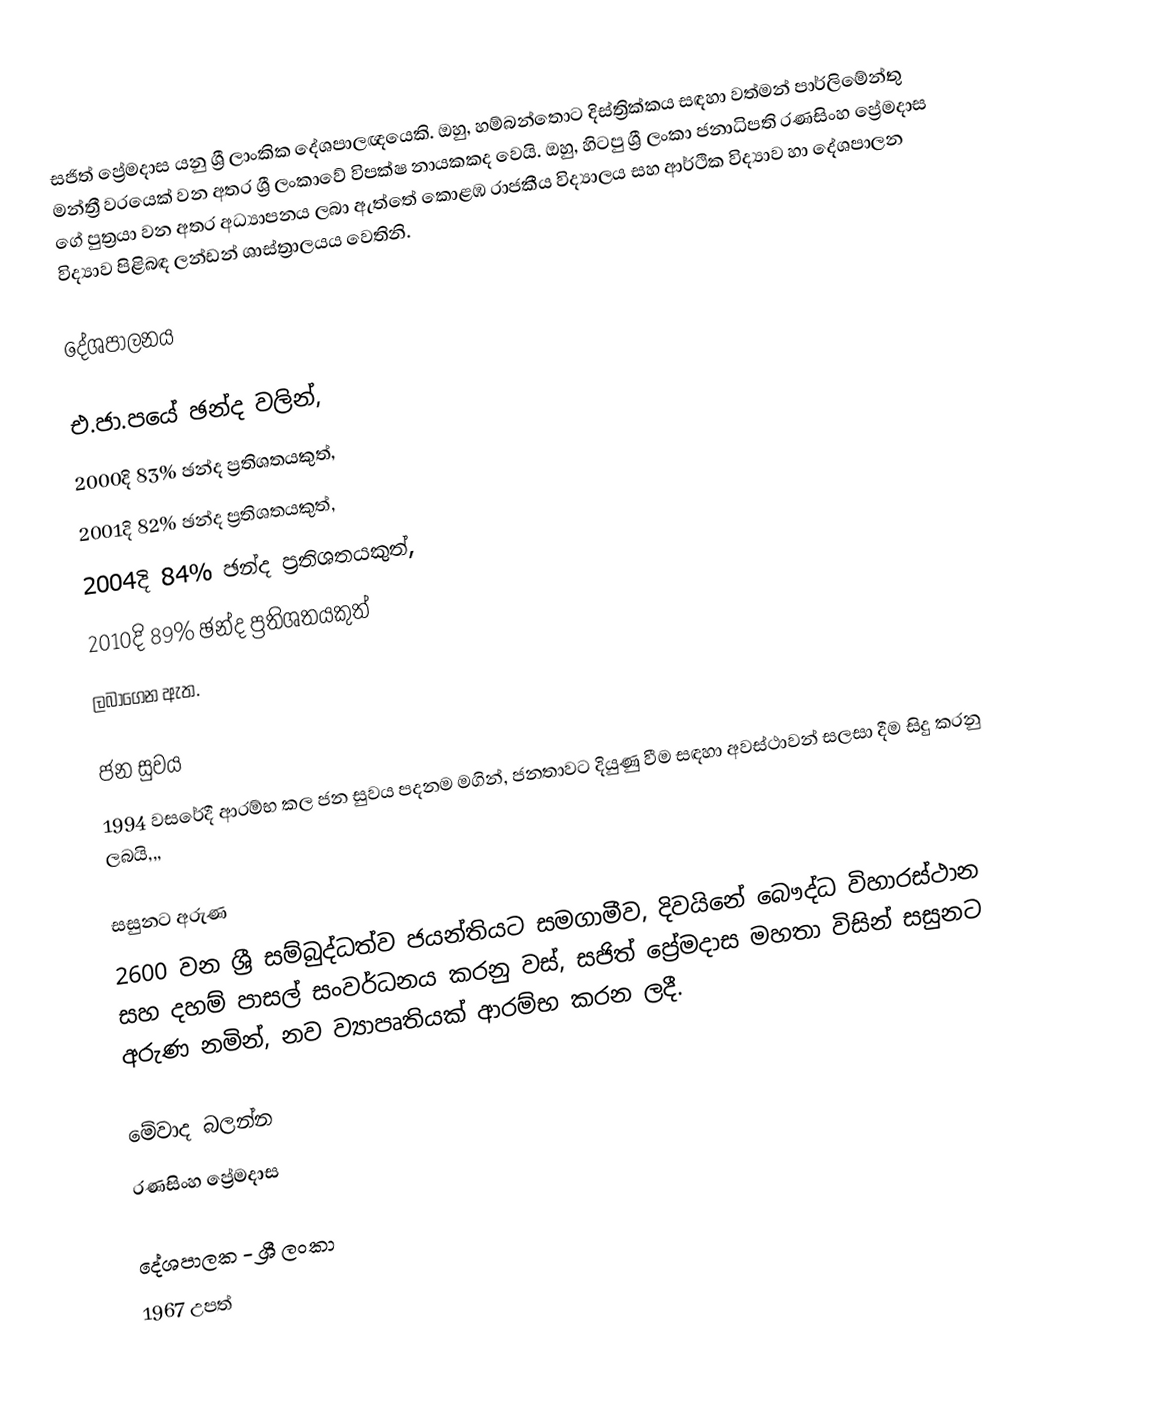
සජිත් ප්‍රේමදාස යනු  ශ්‍රී ලාංකික දේශපාලඥයෙකි. ඔහු,  හම්බන්තොට දිස්ත්‍රික්කය සඳහා වත්මන් පාර්ලිමේන්තු මන්ත්‍රී වරයෙක් වන අතර  ශ්‍රී ලංකාවේ විපක්ෂ නායකකද වෙයි. ඔහු, හිටපු ශ්‍රී ලංකා ජනාධිපති  රණසිංහ ප්‍රේමදාස  ගේ පුත්‍රයා වන අතර අධ්‍යාපනය ලබා ඇත්තේ කොළඹ රාජකීය විද්‍යාලය සහ ආර්ථික විද්‍යාව හා දේශපාලන විද්‍යාව පිළිබඳ ලන්ඩන් ශාස්ත්‍රාලයය වෙතිනි.

දේශපාලනය

එ.ජා.පයේ ඡන්ද වලින්,
2000දි 83% ඡන්ද ප්‍රතිශතයකුත්,
2001දි 82% ඡන්ද ප්‍රතිශතයකුත්,
2004දි 84% ඡන්ද ප්‍රතිශතයකුත්,
2010දි 89% ඡන්ද ප්‍රතිශතයකුත්
ලබාගෙන ඇත.

ජන සුවය
1994 වසරේදී ආරම්භ කල ජන සුවය පදනම මගින්, ජනතාවට දියුණු වීම සඳහා අවස්ථාවන් සලසා දීම සිදු කරනු ලබයි,,,

සසුනට අරුණ
2600 වන ශ්‍රී සම්බුද්ධත්ව ජයන්තියට සමගාමීව, දිවයිනේ බෞද්ධ විහාරස්ථාන සහ දහම් පාසල් සංවර්ධනය කරනු වස්, සජිත් ප්‍රේමදාස මහතා විසින් සසුනට අරුණ නමින්, නව ව්‍යාපෘතියක් ආරම්භ කරන ලදී.

මේවාද බලන්න
 රණසිංහ ප්‍රේමදාස

දේශපාලක - ශ්‍රී ලංකා
1967 උපත්